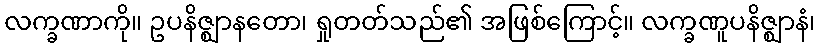
လက္ခဏာကို။ ဥပနိဇ္ဈာနတော၊ ရှုတတ်သည်၏ အဖြစ်ကြောင့်။ လက္ခဏူပနိဇ္ဈာနံ၊